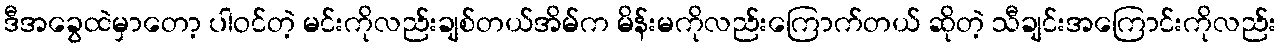
ဒီအခွေထဲမှာတော့ ပါဝင်တဲ့ မင်းကိုလည်းချစ်တယ်အိမ်က မိန်းမကိုလည်းကြောက်တယ် ဆိုတဲ့ သီချင်းအကြောင်းကိုလည်း